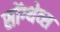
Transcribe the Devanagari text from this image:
सोंग्थेव्स